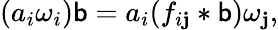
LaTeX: (a_{i}\omega_{i})\mathsf{b}=a_{i}(f_{i\mathbf{j}}\ast\mathsf{b})\omega_{\mathbf{j}},